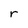
Character: r